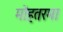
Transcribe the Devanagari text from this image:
मोहतरमा